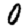
Digit: 0